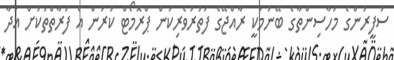
ސަފީރުންގެ މަހާސިންތާގެ ބޭނުމަކީ ރާއްޖޭގެ ފަތުރުވެރިކަން ޕްރޮމޯޓް ކުރަން އެ ފަރާތްތަކަށް އަދާ